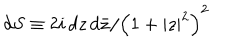
d S \equiv 2 i \, d z \, d \bar { z } / \left( 1 + | z | ^ { 2 } \right) ^ { 2 }